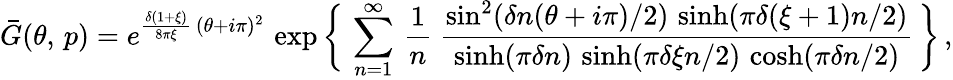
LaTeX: \bar{G}(\theta,\, p)=e^{\frac{\delta(1+\xi)}{8\pi\xi}\, (\theta+i\pi)^{2}}\, \exp\bigg\{ \, \sum_{n=1}^{\infty}\, \frac{1}{n}\ \frac{\sin^{2}(\delta n(\theta+i\pi)/2)\, \sinh(\pi\delta(\xi+1)n/2)}{\sinh(\pi\delta n)\, \sinh(\pi\delta\xi n/2)\, \cosh(\pi\delta n/2)}\, \bigg\} \, ,